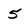
Character: 5